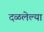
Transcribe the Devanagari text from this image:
दळलेल्या